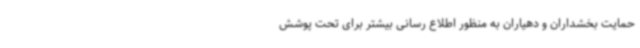
حمایت بخشداران و دهیاران به منظور اطلاع رسانی بیشتر برای تحت پوشش